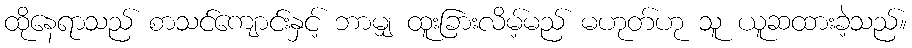
ထိုနေရာသည် စာသင်ကျောင်းနှင့် ဘာမျှ ထူးခြားလိမ့်မည် မဟုတ်ဟု သူ ယူဆထားခဲ့သည်။